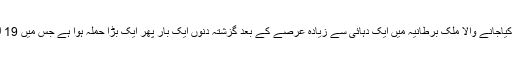
یورپ کا اہم اورسب سے زیادہ مضبوط تصور کیاجانے والا ملک برطانیہ میں ایک دہائی سے زیادہ عرصے کے بعد گزشتہ دنوں ایک بار پھر ایک بڑا حملہ ہوا ہے جس میں 19 افراد ہلاک اور 50 سے زیادہ زخمی ہوئے ہیں۔